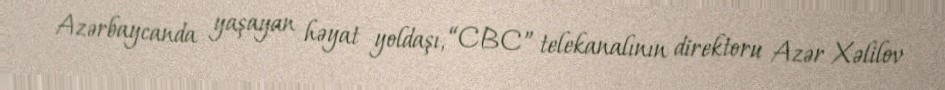
Azərbaycanda yaşayan həyat yoldaşı, “CBC” telekanalının direktoru Azər Xəlilov